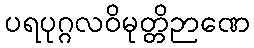
ပရပုဂ္ဂလဝိမုတ္တိဉာဏေ